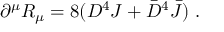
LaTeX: \partial ^ { \mu } { \cal R } _ { \mu } = 8 ( D ^ { 4 } { \cal J } + { \bar { D } } ^ { 4 } { \bar { \cal J } } ) \ .